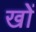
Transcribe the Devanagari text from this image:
खोें